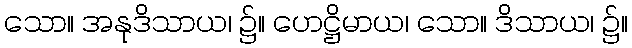
သော။ အနုဒိသာယ၊ ၌။ ဟေဋ္ဌိမာယ၊ သော။ ဒိသာယ၊ ၌။